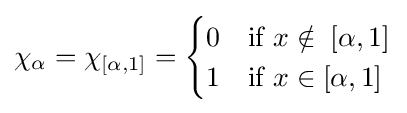
\chi _{\alpha }=\chi _{[\alpha ,1]}={\begin{cases}0&{\mbox{if }}x\notin \;[\alpha ,1]\\1&{\mbox{if }}x\in [\alpha ,1]\end{cases}}